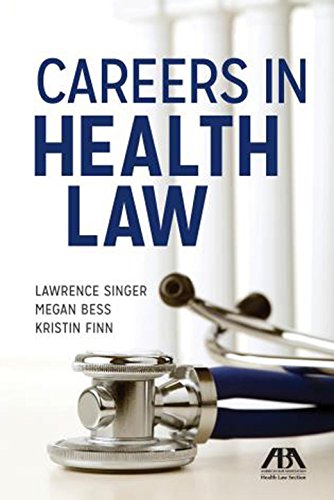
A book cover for Careers in Health Law; Lawrence Singer; Law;